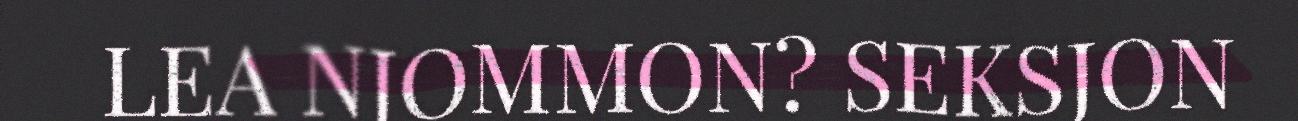
LEA NJOMMON? SEKSJON